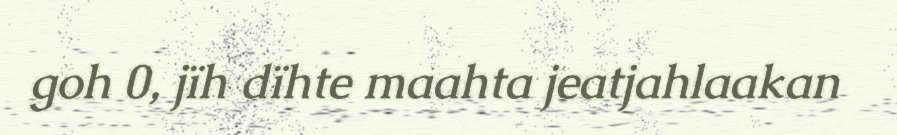
goh 0, jïh dïhte maahta jeatjahlaakan